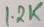
Text: 12K